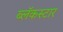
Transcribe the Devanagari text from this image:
ब्लॅकस्टार